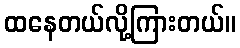
ထနေတယ်လို့ကြားတယ်။